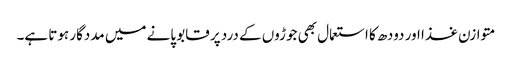
متوازن غذا اور دودھ کا استعمال بھی جوڑوں کے درد پر قابو پانے میں مددگار ہوتا ہے۔